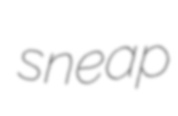
sneap